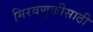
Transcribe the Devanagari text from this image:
मिरवणूकीसाठी